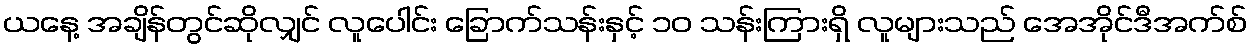
ယနေ့ အချိန်တွင်ဆိုလျှင် လူပေါင်း ခြောက်သန်းနှင့် ၁၀ သန်းကြားရှိ လူများသည် အေအိုင်ဒီအက်စ်